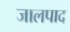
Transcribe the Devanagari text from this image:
जालपाद